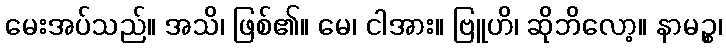
မေးအပ်သည်။ အသိ၊ ဖြစ်၏။ မေ၊ ငါအား။ ဗြူဟိ၊ ဆိုဘိလော့။ နာမဉ္စ၊